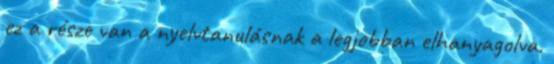
ez a része van a nyelvtanulásnak a legjobban elhanyagolva.